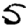
Digit: 5